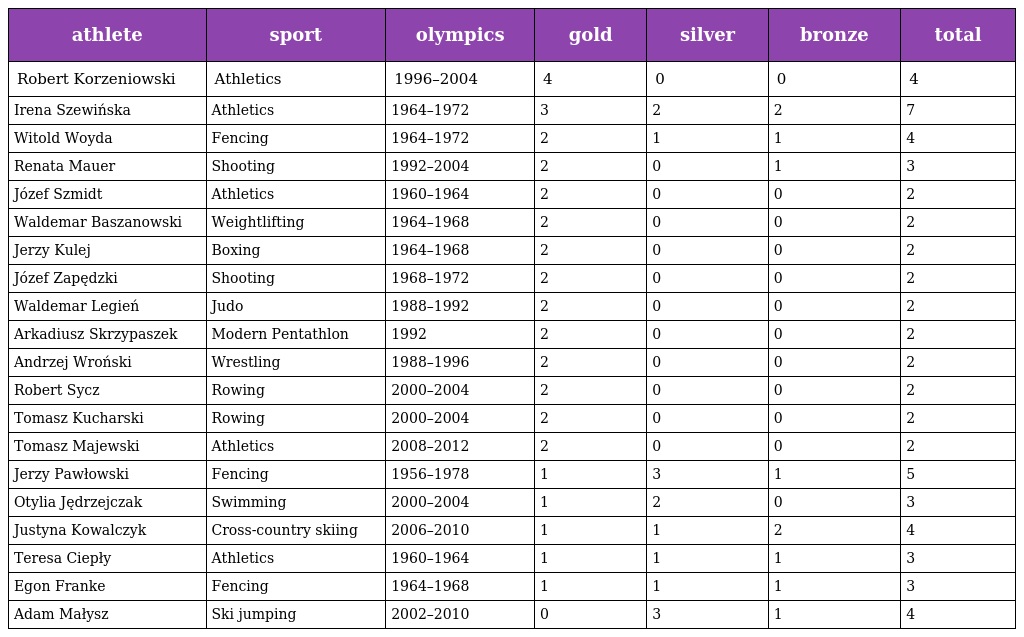
| athlete | sport | olympics | gold | silver | bronze | total |
 | --- | --- | --- | --- | --- | --- | --- |
 | Robert Korzeniowski | Athletics | 1996–2004 | 4 | 0 | 0 | 4 |
 | Irena Szewińska | Athletics | 1964–1972 | 3 | 2 | 2 | 7 |
 | Witold Woyda | Fencing | 1964–1972 | 2 | 1 | 1 | 4 |
 | Renata Mauer | Shooting | 1992–2004 | 2 | 0 | 1 | 3 |
 | Józef Szmidt | Athletics | 1960–1964 | 2 | 0 | 0 | 2 |
 | Waldemar Baszanowski | Weightlifting | 1964–1968 | 2 | 0 | 0 | 2 |
 | Jerzy Kulej | Boxing | 1964–1968 | 2 | 0 | 0 | 2 |
 | Józef Zapędzki | Shooting | 1968–1972 | 2 | 0 | 0 | 2 |
 | Waldemar Legień | Judo | 1988–1992 | 2 | 0 | 0 | 2 |
 | Arkadiusz Skrzypaszek | Modern Pentathlon | 1992 | 2 | 0 | 0 | 2 |
 | Andrzej Wroński | Wrestling | 1988–1996 | 2 | 0 | 0 | 2 |
 | Robert Sycz | Rowing | 2000–2004 | 2 | 0 | 0 | 2 |
 | Tomasz Kucharski | Rowing | 2000–2004 | 2 | 0 | 0 | 2 |
 | Tomasz Majewski | Athletics | 2008–2012 | 2 | 0 | 0 | 2 |
 | Jerzy Pawłowski | Fencing | 1956–1978 | 1 | 3 | 1 | 5 |
 | Otylia Jędrzejczak | Swimming | 2000–2004 | 1 | 2 | 0 | 3 |
 | Justyna Kowalczyk | Cross-country skiing | 2006–2010 | 1 | 1 | 2 | 4 |
 | Teresa Ciepły | Athletics | 1960–1964 | 1 | 1 | 1 | 3 |
 | Egon Franke | Fencing | 1964–1968 | 1 | 1 | 1 | 3 |
 | Adam Małysz | Ski jumping | 2002–2010 | 0 | 3 | 1 | 4 |